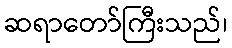
ဆရာတော်ကြီးသည်၊